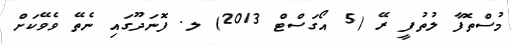
މުސްތޮފާ ލުތުފީ ރޭ (5 އޯގަސްޓް 2013) ލ. ފޮނަދޫގައި ނެތޭ ވެވޭކަށް